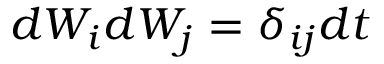
d \boldsymbol { W _ { i } } d \boldsymbol { W _ { j } } = \delta _ { i j } d t